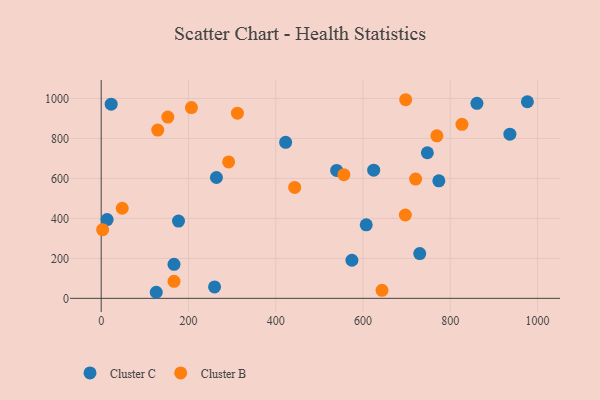
{"axis": {"x": "Investment", "y": "Exam Score"}, "legend": ["Cluster B", "Cluster C"], "data": [{"x": "773.8", "y": 587.9, "type": "Cluster C"}, {"x": "747.5", "y": 728.3, "type": "Cluster C"}, {"x": "976.7", "y": 983.6, "type": "Cluster C"}, {"x": "607.4", "y": 367.7, "type": "Cluster C"}, {"x": "624.5", "y": 641.3, "type": "Cluster C"}, {"x": "22.9", "y": 971.6, "type": "Cluster C"}, {"x": "177.2", "y": 386.4, "type": "Cluster C"}, {"x": "730.0", "y": 223.9, "type": "Cluster C"}, {"x": "422.7", "y": 780.8, "type": "Cluster C"}, {"x": "126.2", "y": 30.3, "type": "Cluster C"}, {"x": "13.6", "y": 394.2, "type": "Cluster C"}, {"x": "264.1", "y": 604.6, "type": "Cluster C"}, {"x": "166.9", "y": 170.1, "type": "Cluster C"}, {"x": "259.8", "y": 56.9, "type": "Cluster C"}, {"x": "936.6", "y": 821.2, "type": "Cluster C"}, {"x": "861.1", "y": 975.9, "type": "Cluster C"}, {"x": "574.6", "y": 190.6, "type": "Cluster C"}, {"x": "539.6", "y": 640.2, "type": "Cluster C"}, {"x": "556.1", "y": 618.6, "type": "Cluster B"}, {"x": "643.6", "y": 40.1, "type": "Cluster B"}, {"x": "697.8", "y": 993.7, "type": "Cluster B"}, {"x": "697.0", "y": 416.9, "type": "Cluster B"}, {"x": "769.3", "y": 813.2, "type": "Cluster B"}, {"x": "3.3", "y": 343.4, "type": "Cluster B"}, {"x": "292.1", "y": 682.6, "type": "Cluster B"}, {"x": "312.2", "y": 926.2, "type": "Cluster B"}, {"x": "720.6", "y": 596.5, "type": "Cluster B"}, {"x": "152.7", "y": 906.9, "type": "Cluster B"}, {"x": "206.8", "y": 954.5, "type": "Cluster B"}, {"x": "826.8", "y": 870.7, "type": "Cluster B"}, {"x": "443.4", "y": 555.1, "type": "Cluster B"}, {"x": "129.6", "y": 841.7, "type": "Cluster B"}, {"x": "48.2", "y": 450.8, "type": "Cluster B"}, {"x": "166.9", "y": 84.9, "type": "Cluster B"}]}